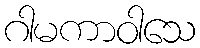
ဂါမကာဝါသေ